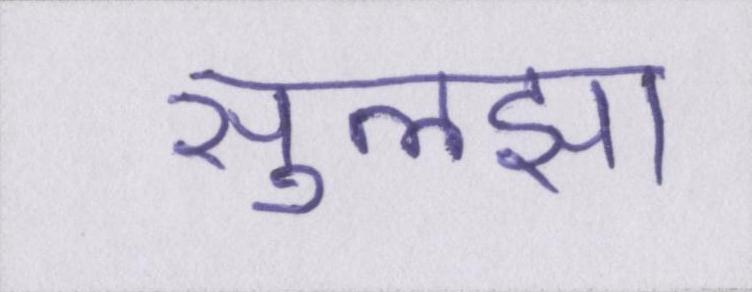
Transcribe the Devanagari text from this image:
सुलझा